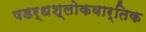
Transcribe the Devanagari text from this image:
षडर्धश्लोकवार्तिक